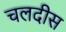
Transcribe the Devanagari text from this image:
चलदीस